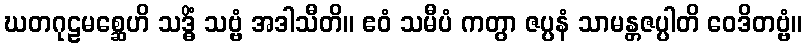
ဃတဂုဠမစ္ဆေဟိ သဒ္ဓိံ သဗ္ဗံ အဒါသီတိ။ ဧဝံ သမီပံ ကတွာ ဇပ္ပနံ သာမန္တဇပ္ပါတိ ဝေဒိတဗ္ဗံ။